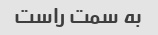
به سمت راست